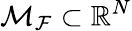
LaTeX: \mathcal{M}_{\mathcal{F}}\subset\mathbb{R}^{N}